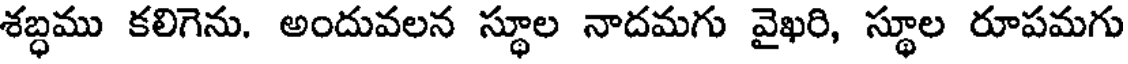
శబ్ధము కలిగెను. అందువలన స్థూల నాదమగు వైఖరి, స్థూల రూపమగు